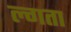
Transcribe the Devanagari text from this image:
ल्गता